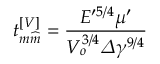
t _ { m \widehat { m } } ^ { \left[ V \right] } = \frac { E ^ { \prime 5 / 4 } \mu ^ { \prime } } { V _ { o } ^ { 3 / 4 } \varDelta \gamma ^ { 9 / 4 } }